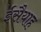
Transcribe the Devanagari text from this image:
ईसैयाह